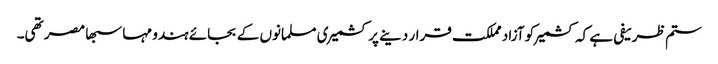
ستم ظریفی ہے کہ کشمیر کو آزاد مملکت قرار دینے پر کشمیری مسلمانوں کے بجائے ہندو مہا سبھا مصر تھی۔